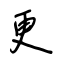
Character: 更